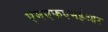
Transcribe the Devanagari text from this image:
एमएफएमईआर